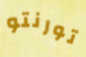
تورنتو